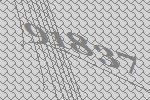
91837